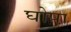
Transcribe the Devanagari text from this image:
घोपा